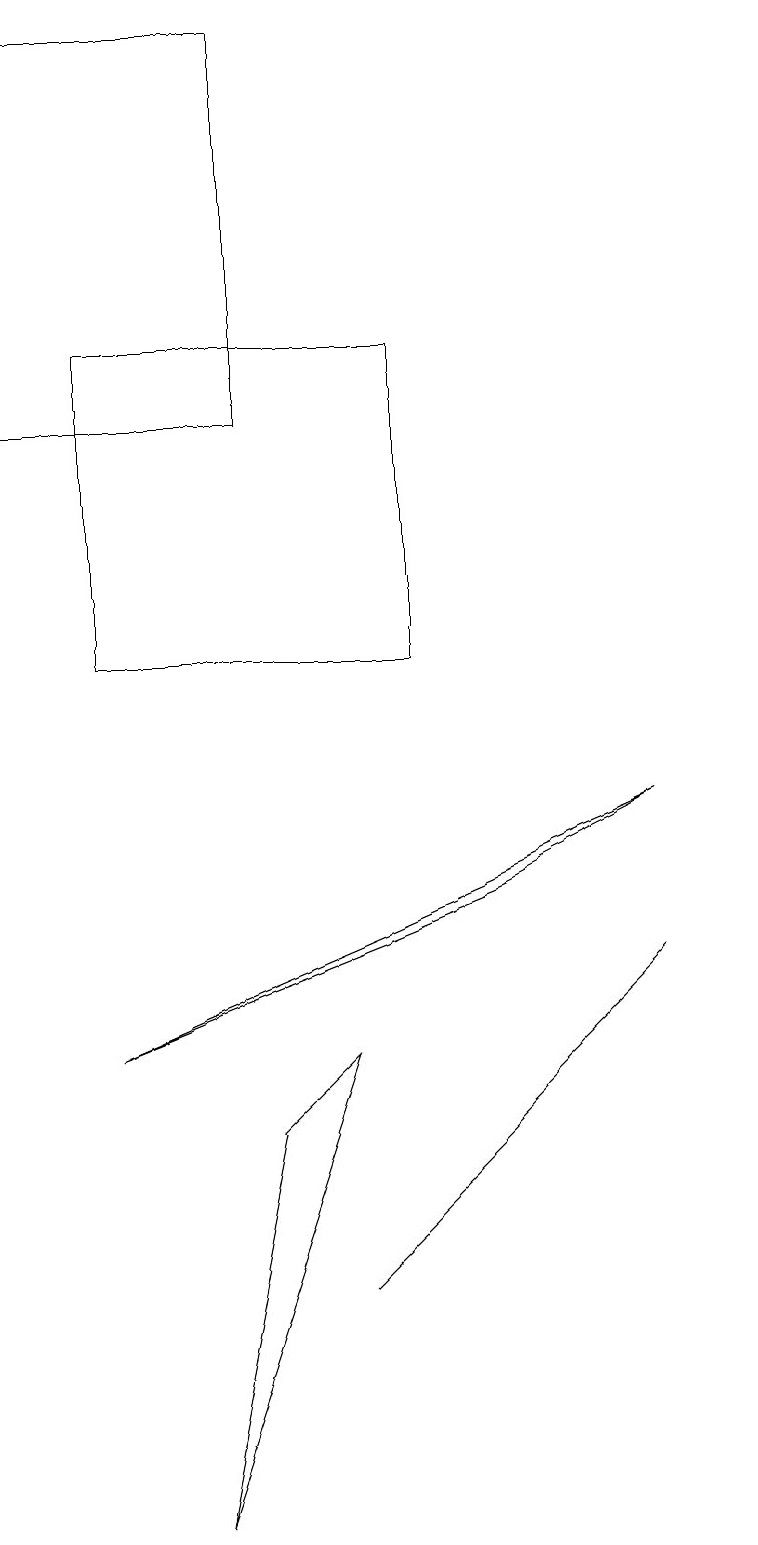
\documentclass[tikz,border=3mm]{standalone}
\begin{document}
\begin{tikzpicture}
\draw (7,5) -- (5,3) -- (9,7) -- cycle;
\draw (5,6) -- (4,5) -- (3,0) -- cycle;
\draw (2,15) rectangle (6,11);
\draw (9,9) -- (7,8) -- (2,6) -- cycle;
\draw (10,10) circle (0);
\draw (1,14) rectangle (4,19);
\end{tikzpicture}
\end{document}